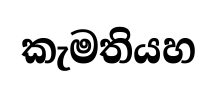
කැමතියහ